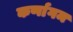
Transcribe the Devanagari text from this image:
कर्णागम